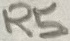
Text: R5